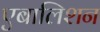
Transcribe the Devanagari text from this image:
एबालिशन